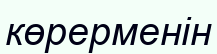
көрерменін